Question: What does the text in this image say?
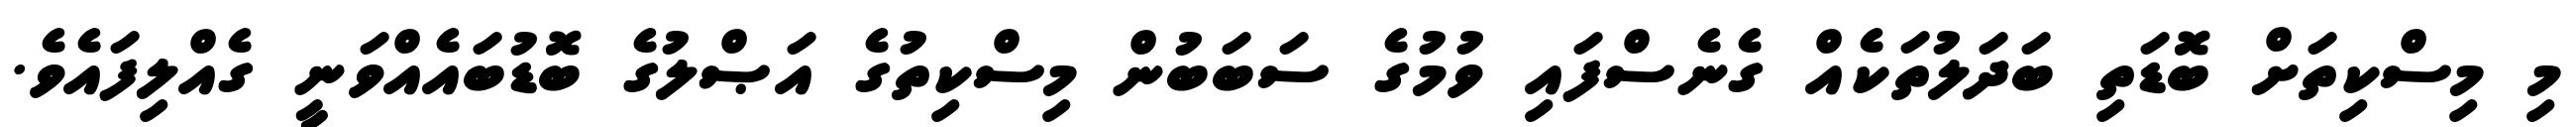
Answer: މި މިސްކިތަށް ބޮޑަތި ބަދަލުތަކެއް ގެނެސްފައި ވުމުގެ ސަބަބުން މިސްކިތުގެ އަޞްލުގެ ބޮޑުބައެއްވަނީ ގެއްލިފައެވެ.